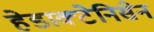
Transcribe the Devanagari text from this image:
हेडाक्टेनिसेन